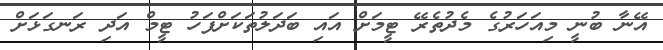
އޭނާ ބުނީ މިއަހަރުގެ މެދުތެރޭ ޓީމަށް އައި ބަދަލުތަކަށްފަހު ޓީމް އަދި ރަނގަޅަށް